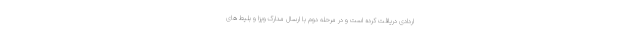
اردادی دریافت کرده است و در مرحله دوم با ارسال مدارک ویزا و بلیط های